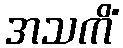
အသကိံ